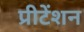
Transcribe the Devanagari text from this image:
प्रीटेंशन